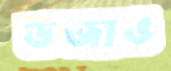
ভজাও